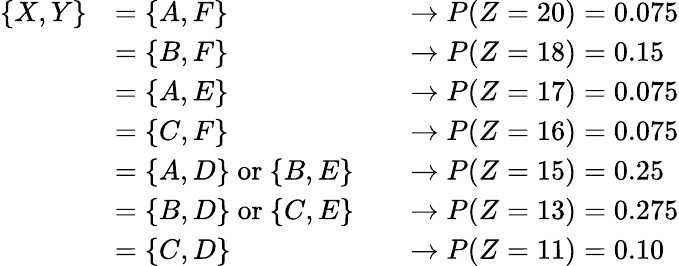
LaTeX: \begin{array}{rlrl}{\{ X,Y\} }&{=\{ A,F\} }&&{\rightarrow P(Z=20)=0.075}\\ &{=\{ B,F\} }&&{\rightarrow P(Z=18)=0.15}\\ &{=\{ A,E\} }&&{\rightarrow P(Z=17)=0.075}\\ &{=\{ C,F\} }&&{\rightarrow P(Z=16)=0.075}\\ &{=\{ A,D\} \mathrm{~or~}\{ B,E\} }&&{\rightarrow P(Z=15)=0.25}\\ &{=\{ B,D\} \mathrm{~or~}\{ C,E\} }&&{\rightarrow P(Z=13)=0.275}\\ &{=\{ C,D\} }&&{\rightarrow P(Z=11)=0.10}\end{array}